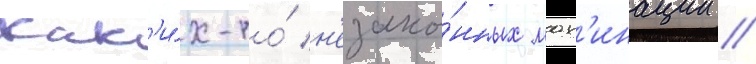
как'и́х-то́ н'езако́нных мах'инации //